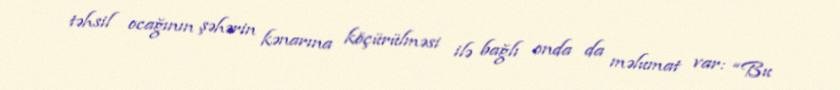
təhsil ocağının şəhərin kənarına köçürülməsi ilə bağlı onda da məlumat var: “Bu